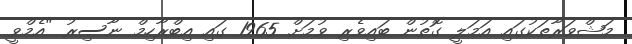
މަޝްވަރާތަކުގައި އަމަލީ ގޮތުން ބައިވެރި ވުމަށް 1965 ގައި އިބްރާހިމް ނާސިރު "އެމްވީ